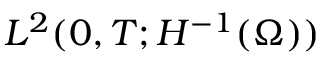
L ^ { 2 } ( 0 , T ; H ^ { - 1 } ( \Omega ) )